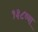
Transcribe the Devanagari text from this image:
१३८व्या